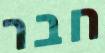
חבר